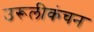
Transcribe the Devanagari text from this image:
उरूलीकंचन